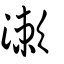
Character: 漱